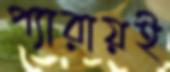
প্যারায়ই